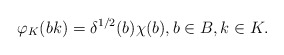
\begin{align*}\varphi_{K} (bk) = \delta^{1/2} (b)\chi (b), b\in B, k\in K.\end{align*}